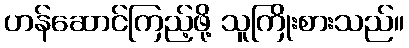
ဟန်ဆောင်ကြည့်ဖို့ သူကြိုးစားသည်။